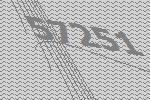
57251